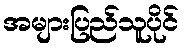
အများပြည်သူပိုင်